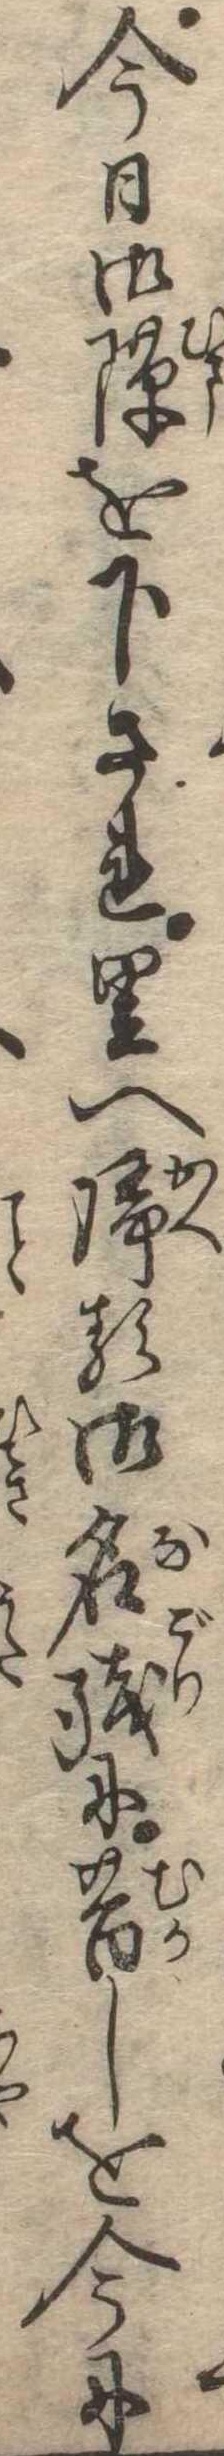
今日御隙を下され里へ帰る御名残に昔しを今に